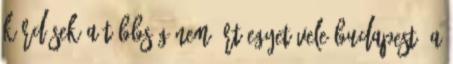
kérdések A többség nem ért egyet vele Budapest. A